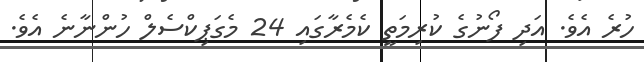
ހުރެ އެވެ. އަދި ފޯނުގެ ކުރިމަތީ ކެމެރާގައި 24 މެގަޕިކްސެލް ހުންނާނެ އެވެ.